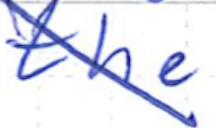
Text: the
Cross-out: diagonal
Writing tool: ballpoint